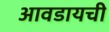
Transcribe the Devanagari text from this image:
आवडायची